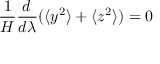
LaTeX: { \frac { 1 } { H } } { \frac { d \, } { d \lambda } } ( \langle y ^ { 2 } \rangle + \langle z ^ { 2 } \rangle ) = 0